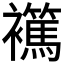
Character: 𧞶